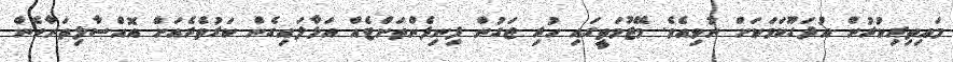
މައިތިރިކުރުން އުދަގޫކަމަކަށް ނުވިއެވެ. މޭޒުމަތީގައި ހުރި ޖަގުން ފިނިފެންތަށްޓެއް އަޅާލައިގެން ކަރުތެރެއަށް އޮއްސާލިތަނާހެން